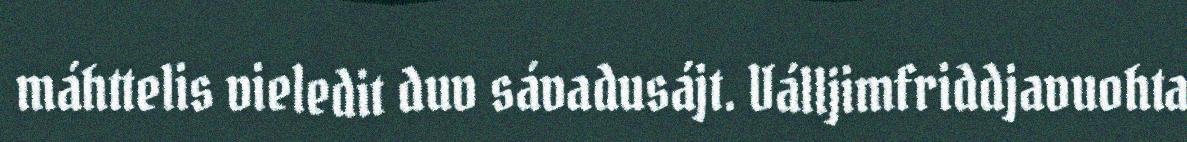
máhttelis vieledit duv sávadusájt. Válljimfriddjavuohta